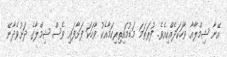
އޭނާ ޝިމްލާއާ ވާހަކަދެއްކިއެވެ. ފުރަތަމަ މަޑުމައިތިރިކަމާއެކު ވާހަކަ ފަށާފައި ވެސް ޝިމްލާގެ ދަށުވެދާނޭ